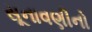
સૂનાવણીનો